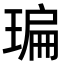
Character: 㻞